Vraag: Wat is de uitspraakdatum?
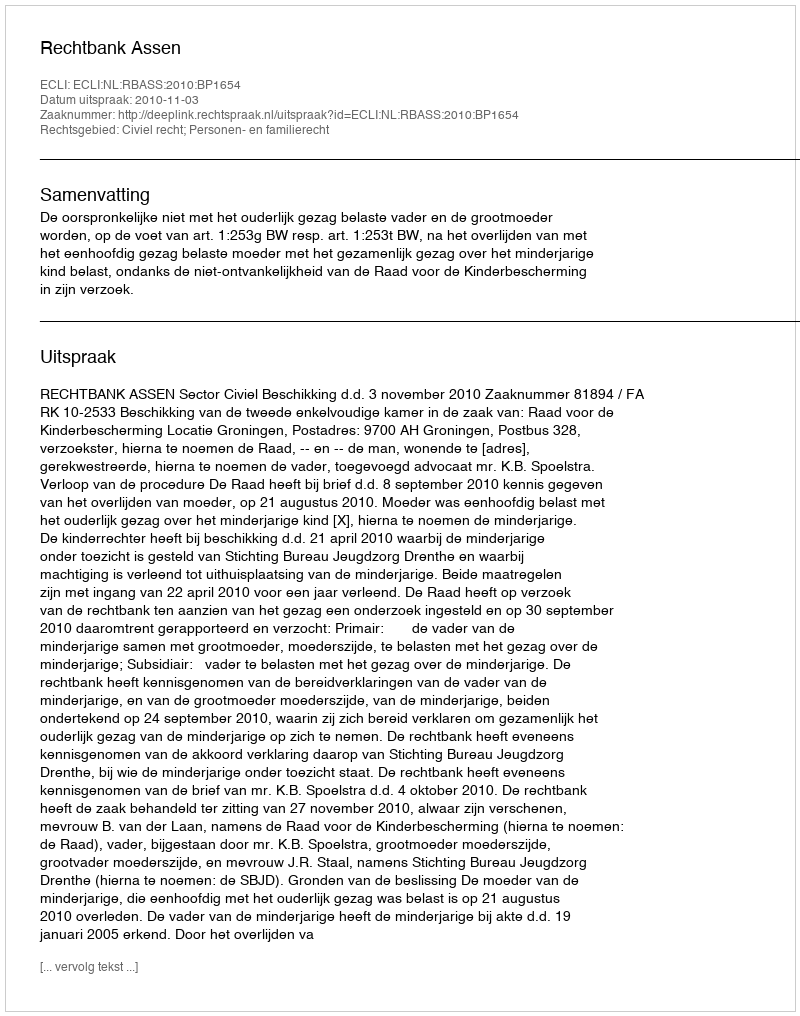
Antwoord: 2010-11-03